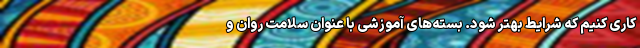
کاری کنیم که شرایط بهتر شود. بسته‌های آموزشی با عنوان سلامت روان و